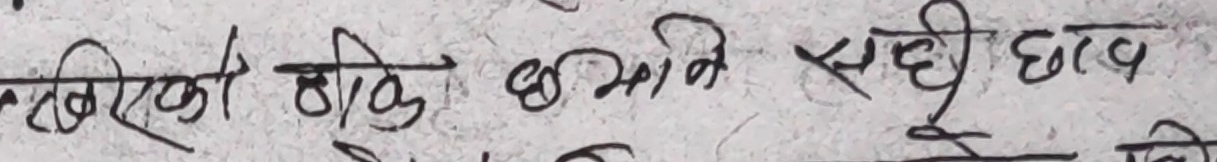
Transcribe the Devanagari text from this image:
लेखिएको ठीक छैन सही छाव